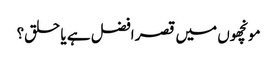
مونچھوں میں قصر افضل ہے یا حلق؟